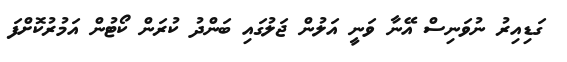
ގަޑިއިރު ނުވަނިސް އޭނާ ވަނީ އަލުން ޖަލުގައި ބަންދު ކުރަން ކޯޓުން އަމުރުކޮށްފަ